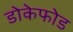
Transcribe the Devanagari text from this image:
डोकेफोड